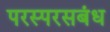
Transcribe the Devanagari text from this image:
परस्परसबंध